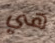
هي